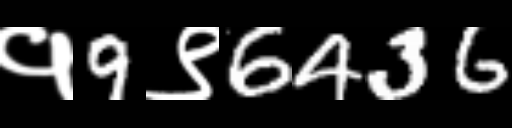
Text: १9९6436